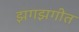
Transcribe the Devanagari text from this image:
झगझगीत